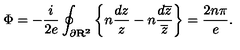
\Phi = - \frac { i } { 2 e } \oint _ { \partial \bf R ^ { 2 } \mit } \left\{ n \frac { d z } { z } - n \frac { d \overline { { z } } } { \overline { { z } } } \right\} = \frac { 2 n \pi } { e } .